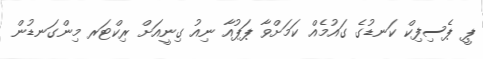
ޕީ ޕެސިފިކް ކަނޑުގެ ގައުމެއް ކަމަށްވާ ޕަޕުއާ ނިއު ގިނީއަށް ރިކްޓަރ މިންގަނޑުން